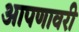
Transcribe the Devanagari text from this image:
आपणावरी